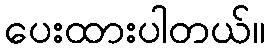
ပေးထားပါတယ်။